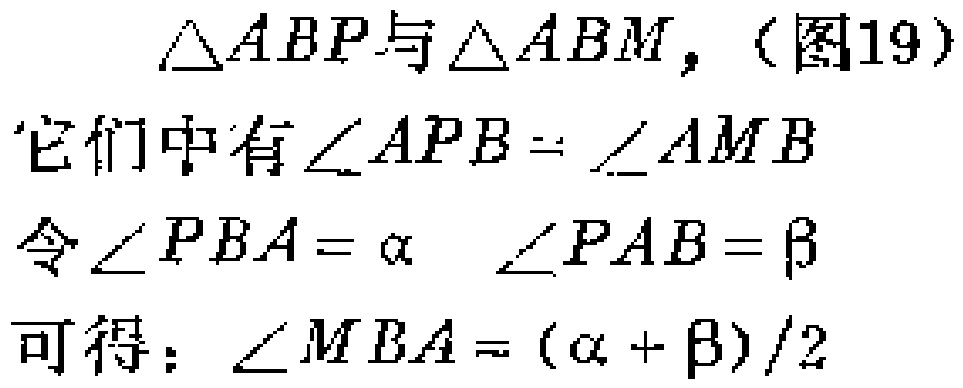
$\triangle ABP$与$\triangle ABM$,（图19）

它们中有$\angle APB = \angle AMB$

令$\angle PBA = \alpha$  $\angle PAB = \beta$

可得：$\angle MBA = (\alpha + \beta)/2$